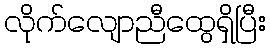
လိုက်လျောညီထွေရှိပြီး